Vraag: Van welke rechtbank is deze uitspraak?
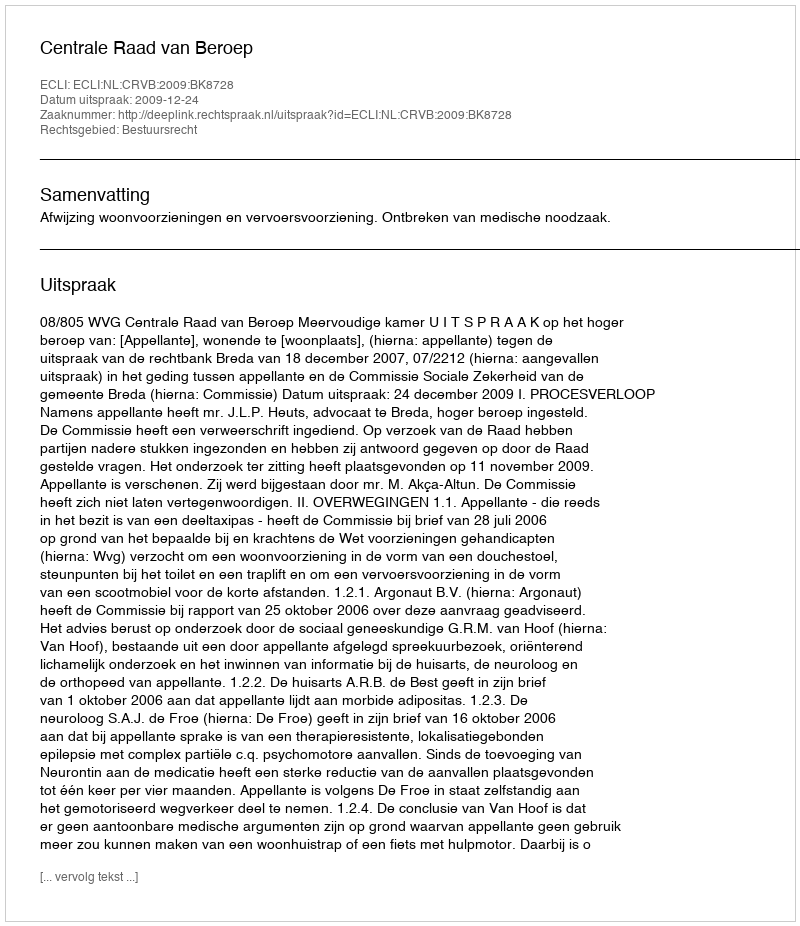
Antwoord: Centrale Raad van Beroep